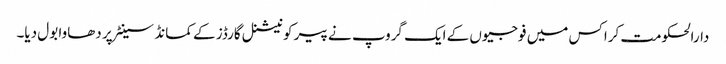
دارالحکومت کراکس میں فوجیوں کے ایک گروپ نے پیر کو نیشنل گارڈز کے کمانڈ سینٹر پر دھاوا بول دیا۔